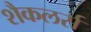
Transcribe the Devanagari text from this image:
शैकलर्स